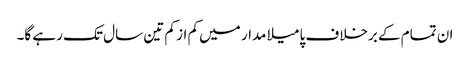
ان تمام کے برخلاف پامیلا مدار میں کم از کم تین سال تک رہے گا۔